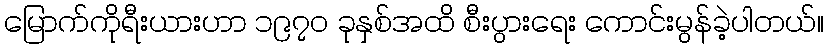
မြောက်ကိုရီးယားဟာ ၁၉၇၀ ခုနှစ်အထိ စီးပွားရေး ကောင်းမွန်ခဲ့ပါတယ်။